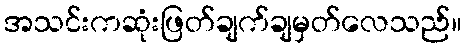
အသင်းကဆုံးဖြတ်ချက်ချမှတ်လေသည်။